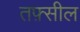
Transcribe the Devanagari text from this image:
तफ़्सील